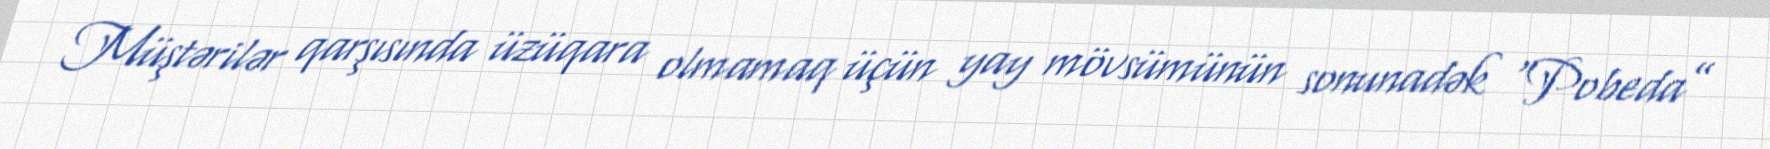
Müştərilər qarşısında üzüqara olmamaq üçün yay mövsümünün sonunadək “Pobeda”